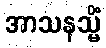
အာသနသ္မိံ